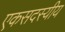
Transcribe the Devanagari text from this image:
एकसदस्यीय